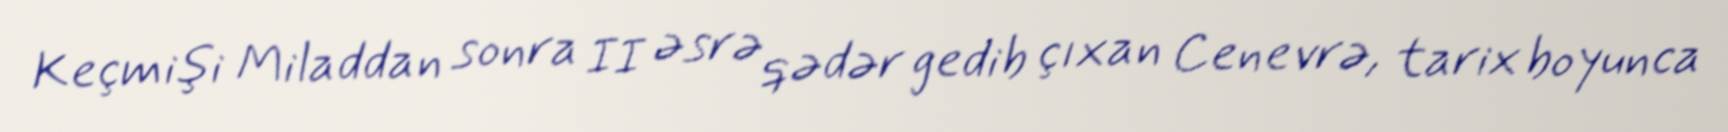
Keçmişi Miladdan sonra II əsrə qədər gedib çıxan Cenevrə, tarix boyunca